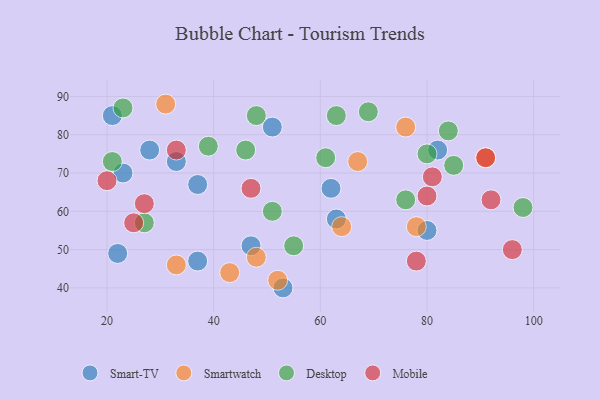
{"axis": {"x": "GDP", "y": "Life Expectancy"}, "legend": ["Desktop", "Mobile", "Smart-TV", "Smartwatch"], "data": [{"x": "33", "y": 73, "type": "Smart-TV"}, {"x": "63", "y": 58, "type": "Smart-TV"}, {"x": "37", "y": 67, "type": "Smart-TV"}, {"x": "80", "y": 55, "type": "Smart-TV"}, {"x": "47", "y": 51, "type": "Smart-TV"}, {"x": "23", "y": 70, "type": "Smart-TV"}, {"x": "53", "y": 40, "type": "Smart-TV"}, {"x": "22", "y": 49, "type": "Smart-TV"}, {"x": "37", "y": 47, "type": "Smart-TV"}, {"x": "21", "y": 85, "type": "Smart-TV"}, {"x": "82", "y": 76, "type": "Smart-TV"}, {"x": "28", "y": 76, "type": "Smart-TV"}, {"x": "51", "y": 82, "type": "Smart-TV"}, {"x": "62", "y": 66, "type": "Smart-TV"}, {"x": "33", "y": 46, "type": "Smartwatch"}, {"x": "67", "y": 73, "type": "Smartwatch"}, {"x": "43", "y": 44, "type": "Smartwatch"}, {"x": "78", "y": 56, "type": "Smartwatch"}, {"x": "48", "y": 48, "type": "Smartwatch"}, {"x": "52", "y": 42, "type": "Smartwatch"}, {"x": "91", "y": 74, "type": "Smartwatch"}, {"x": "31", "y": 88, "type": "Smartwatch"}, {"x": "64", "y": 56, "type": "Smartwatch"}, {"x": "76", "y": 82, "type": "Smartwatch"}, {"x": "46", "y": 76, "type": "Desktop"}, {"x": "48", "y": 85, "type": "Desktop"}, {"x": "69", "y": 86, "type": "Desktop"}, {"x": "27", "y": 57, "type": "Desktop"}, {"x": "51", "y": 60, "type": "Desktop"}, {"x": "80", "y": 75, "type": "Desktop"}, {"x": "85", "y": 72, "type": "Desktop"}, {"x": "61", "y": 74, "type": "Desktop"}, {"x": "55", "y": 51, "type": "Desktop"}, {"x": "21", "y": 73, "type": "Desktop"}, {"x": "76", "y": 63, "type": "Desktop"}, {"x": "84", "y": 81, "type": "Desktop"}, {"x": "39", "y": 77, "type": "Desktop"}, {"x": "63", "y": 85, "type": "Desktop"}, {"x": "23", "y": 87, "type": "Desktop"}, {"x": "98", "y": 61, "type": "Desktop"}, {"x": "92", "y": 63, "type": "Mobile"}, {"x": "80", "y": 64, "type": "Mobile"}, {"x": "25", "y": 57, "type": "Mobile"}, {"x": "20", "y": 68, "type": "Mobile"}, {"x": "78", "y": 47, "type": "Mobile"}, {"x": "96", "y": 50, "type": "Mobile"}, {"x": "33", "y": 76, "type": "Mobile"}, {"x": "81", "y": 69, "type": "Mobile"}, {"x": "91", "y": 74, "type": "Mobile"}, {"x": "47", "y": 66, "type": "Mobile"}, {"x": "27", "y": 62, "type": "Mobile"}]}